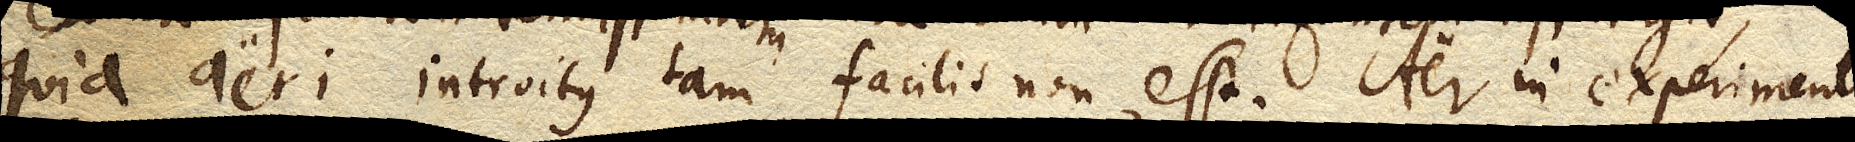
quia aeri introitus tam facilis non est. Aer in experimento